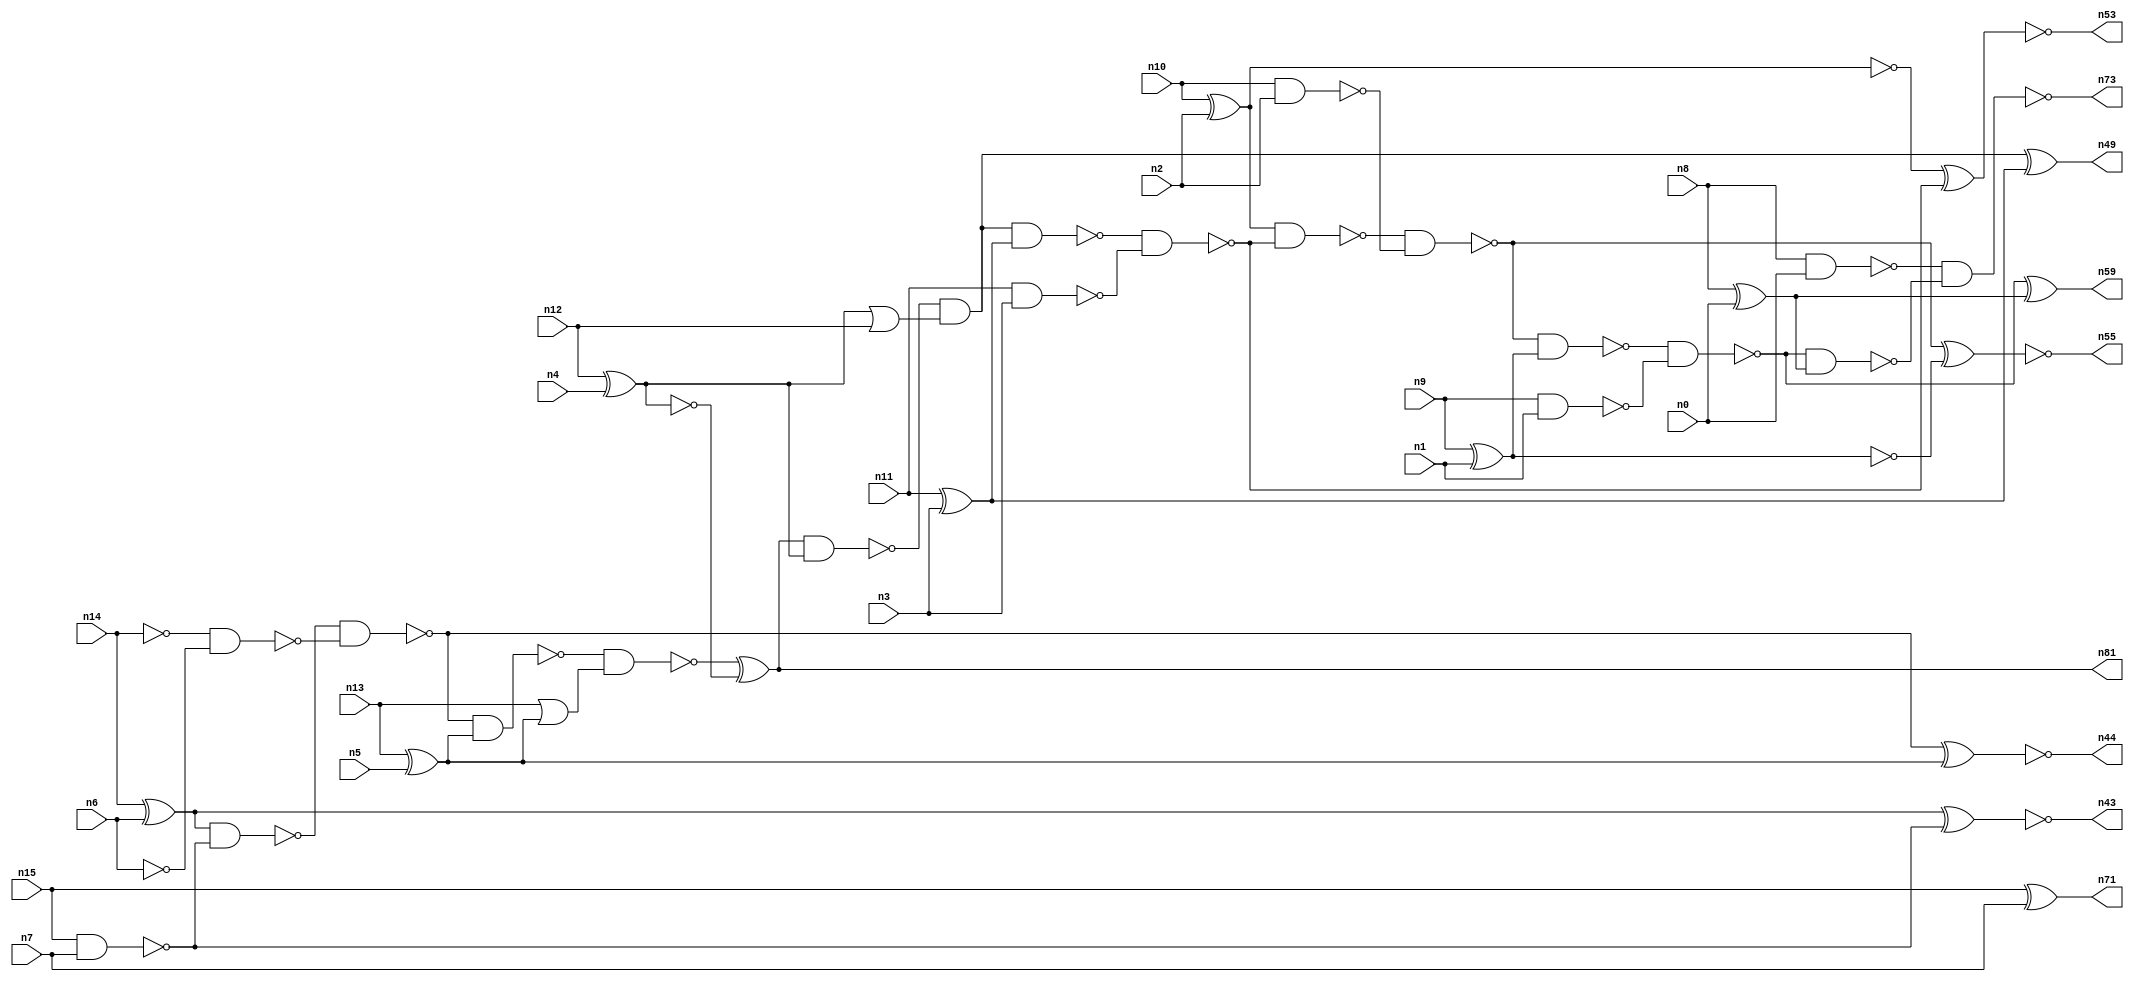
// This program was cloned from: https://github.com/umar-afzaal/ReCkt
// License: MIT License

// This file contains a pareto-optimal circuit with respect to pdp and the fault-resilince parameter p_fault which is defined as:
// "For all input vectors, the ratio of the no. of faults observable at the POs to the no. of total possible faults in the circuit".
// This code is part of the ReCkt library (https://github.com/umar-afzaal/ReCkt) distributed under The MIT License.
// When used, please cite the following article(s):
// U. Afzaal, A.S. Hassan, M. Usman and J.A. Lee, "On the Evolutionary Synthesis of Increased Fault-resilience Arithmetic Circuits".

// p_fault = 86.9 %    (Lower is better)
// gates = 51.0
// levels = 16
// area = 66.6    (For MCNC library relative to nand2)
// power = 273.0 uW    (Berkely-SIS for MCNC library @ Vdd=5V and 20 MHz clock)
// delay = 18.7 ns    (Berkely-ABC for MCNC library)
// PDP = 5.1051e-12 J

// Pin mapping:
// {n0, n1, n2, n3, n4, n5, n6, n7} = A[7:0]
// {n8, n9, n10, n11, n12, n13, n14, n15} = B[7:0]
// {n73, n59, n55, n53, n49, n81, n44, n43, n71} = O[8:0]

module addr8u_pdp_10 (
n0, n1, n2, n3, n4, n5, n6, n7, n8, n9, n10, n11, n12, n13, n14, n15, 
n73, n59, n55, n53, n49, n81, n44, n43, n71
);

input n0, n1, n2, n3, n4, n5, n6, n7, n8, n9, n10, n11, n12, n13, n14, n15;
output n73, n59, n55, n53, n49, n81, n44, n43, n71;
wire n30, n24, n52, n61, n46, n18, n60, n17, n42, n51, n45, n36, n47, n20, n37, n56, n23, n16, n40, n48, 
n21, n25, n41, n54, n27, n33, n28, n58, n22, n38, n39, n57, n31, n70, n19, n34, n32, n26, n50, n29, 
n64, n35;

xor (n16, n14, n6);
nand (n17, n10, n2);
nand (n18, n15, n7);
xor (n19, n13, n5);
nand (n20, n9, n1);
xor (n21, n8, n0);
nand (n22, n14, n14);
xor (n23, n11, n3);
xnor (n24, n15, n7);
xor (n25, n10, n2);
or (n26, n13, n19);
xor (n27, n12, n4);
nand (n28, n8, n0);
nand (n29, n11, n3);
nand (n30, n6, n6);
xnor (n31, n9, n1);
or (n32, n27, n12);
nand (n33, n27, n27);
nand (n34, n16, n18);
and (n35, n19, n19);
nand (n36, n22, n30);
nand (n37, n25, n25);
nand (n38, n31, n31);
nand (n39, n38, n38);
and (n40, n16, n16);
nand (n41, n34, n36);
nand (n42, n41, n19);
xnor (n43, n40, n18);
xnor (n44, n41, n35);
nand (n45, n42, n26);
xor (n46, n45, n33);
nand (n47, n46, n27);
and (n48, n47, n32);
xor (n49, n48, n23);
nand (n50, n48, n23);
nand (n51, n50, n29);
nand (n52, n25, n51);
xnor (n53, n37, n51);
nand (n54, n52, n17);
xnor (n55, n54, n39);
nand (n56, n54, n38);
nand (n57, n56, n20);
nand (n58, n57, n21);
xor (n59, n57, n21);
and (n60, n28, n28);
and (n61, n46, n46);
nand (n64, n60, n28);
nand (n70, n64, n64);
nand (n71, n24, n24);
nand (n73, n70, n58);
and (n81, n46, n61);

endmodule